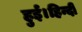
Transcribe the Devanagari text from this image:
हुई।हिन्दी